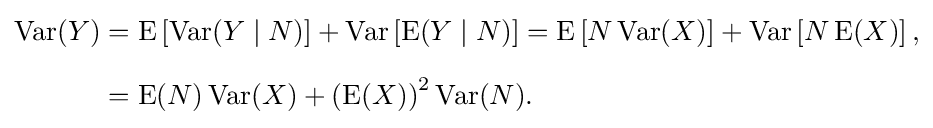
{\begin{aligned}\operatorname {Var} (Y)&=\operatorname {E} \left[\operatorname {Var} (Y\mid N)\right]+\operatorname {Var} \left[\operatorname {E} (Y\mid N)\right]=\operatorname {E} \left[N\operatorname {Var} (X)\right]+\operatorname {Var} \left[N\operatorname {E} (X)\right],\\[6pt]&=\operatorname {E} (N)\operatorname {Var} (X)+\left(\operatorname {E} (X)\right)^{2}\operatorname {Var} (N).\end{aligned}}